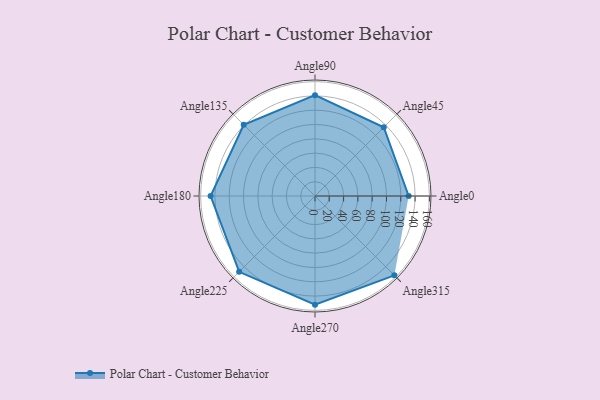
{"axis": {"x": "Angle", "y": "Radius"}, "legend": [""], "data": [{"x": "Angle0", "y": 131.0, "type": ""}, {"x": "Angle45", "y": 136.0, "type": ""}, {"x": "Angle90", "y": 141.0, "type": ""}, {"x": "Angle135", "y": 141.0, "type": ""}, {"x": "Angle180", "y": 146.0, "type": ""}, {"x": "Angle225", "y": 150.0, "type": ""}, {"x": "Angle270", "y": 152.0, "type": ""}, {"x": "Angle315", "y": 157.0, "type": ""}]}